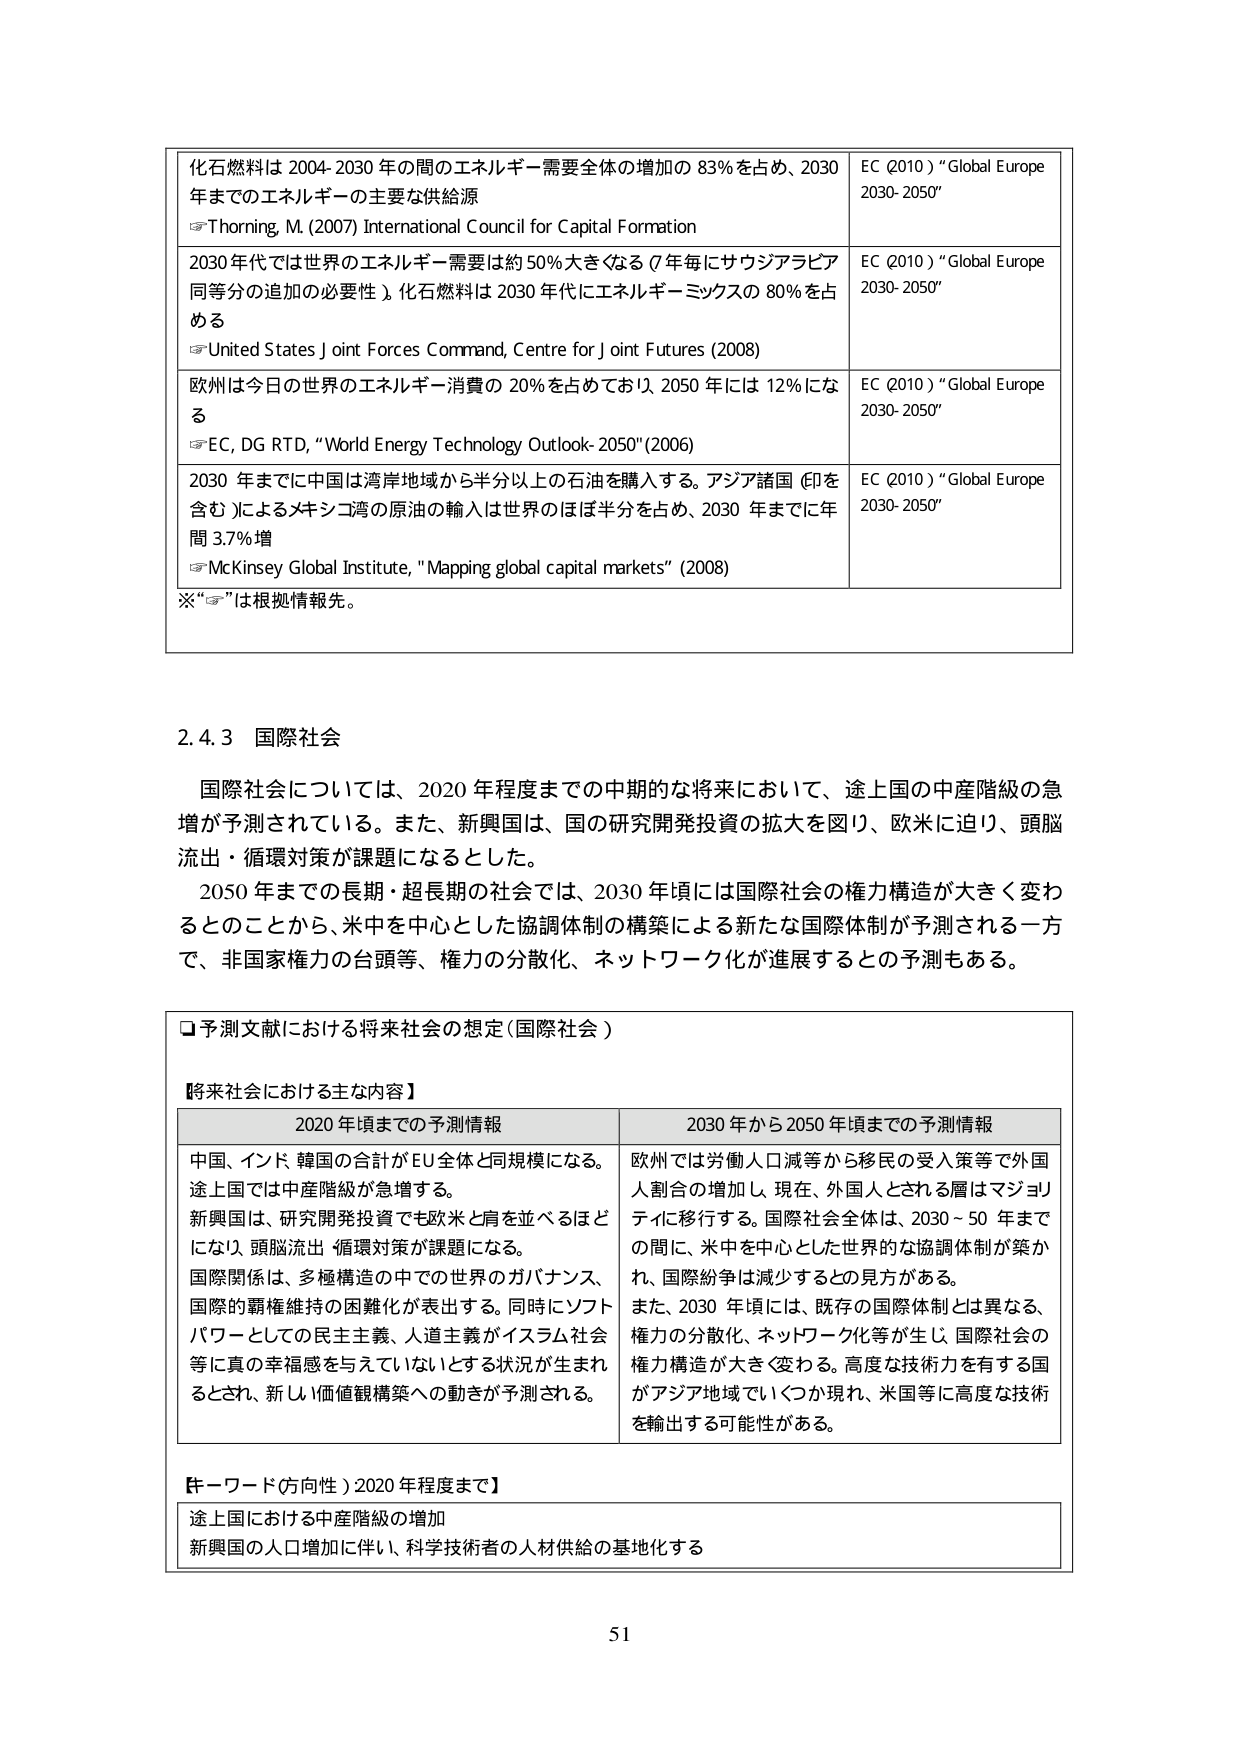
化石燃料は 2004-2030 年の間のエネルギー需要全体の増加の 83%を占め、2030 年までのエネルギーの主要な供給源
☞Thorning, M. (2007) International Council for Capital Formation
EC (2010) “Global Europe 2030-2050”

2030 年代では世界のエネルギー需要は約 50% 大きくなる（7 年毎にサウジアラビア同等分の追加の必要性）。化石燃料は 2030 年代にエネルギーミックスの 80% を占める
☞United States Joint Forces Command, Centre for Joint Futures (2008)
EC (2010) “Global Europe 2030-2050”

欧州は今日の世界のエネルギー消費の 20% を占めており、2050 年には 12% になる
☞EC, DG RTD, “World Energy Technology Outlook-2050” (2006)
EC (2010) “Global Europe 2030-2050”

2030 年までに中国は湾岸地域から半分以上の石油を購入する。アジア諸国（印を含む）によるメキシコ湾の原油の輸入は世界のほぼ半分を占め、2030 年までに年間 3.7% 増
☞McKinsey Global Institute, "Mapping global capital markets" (2008)
EC (2010) “Global Europe 2030-2050”

※“☞”は根拠情報先。

2.4.3 国際社会

国際社会については、2020 年程度までの中期的な将来において、途上国の中産階級の急増が予測されている。また、新興国は、国の研究開発投資の拡大を図り、欧米に迫り、頭脳流出・循環対策が課題になるとされた。

2050 年までの長期・超長期の社会では、2030 年頃には国際社会の権力構造が大きく変わるとのことから、米中を中心とした協調体制の構築による新たな国際体制が予測される一方で、非国家権力の台頭等、権力の分散化、ネットワーク化が進展するとの予測もある。

□予測文献における将来社会の想定（国際社会）

【将来社会における主な内容】

2020 年頃までの予測情報
中国、インド、韓国の合計が EU 全体と同規模になる。
途上国では中産階級が急増する。
新興国は、研究開発投資でも欧米と肩を並べるほどになり、頭脳流出・循環対策が課題になる。
国際関係は、多極構造の中での世界のガバナンス、国際的覇権維持の困難化が表出する。同時にソフトパワーとしての民主主義、人道主義がイスラム社会等に真の幸福感を与えていないとする状況が生まれるとされ、新しい価値観構築への動きが予測される。

2030 年から 2050 年頃までの予測情報
欧州では労働人口減等から移民の受入策等で外国人割合の増加し、現在、外国人とされる層はマジョリティに移行する。国際社会全体は、2030～50 年までの間に、米中を中心とした世界的な協調体制が築かれ、国際紛争は減少するとの見方がある。
また、2030 年頃には、既存の国際体制とは異なる、権力の分散化、ネットワーク化等が生じ、国際社会の権力構造が大きく変わる。高度な技術力を有する国がアジア地域でいくつか現れ、米国等に高度な技術を輸出する可能性がある。

【キーワード（方向性）2020 年程度まで】
途上国における中産階級の増加
新興国的人口増加に伴い、科学技術者の人材供給の基地化する

51